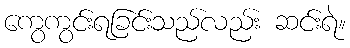
ကွေကွင်းရခြင်းသည်လည်း ဆင်းရဲ။